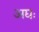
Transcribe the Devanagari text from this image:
अद्यः